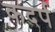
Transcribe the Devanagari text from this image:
कदर्प